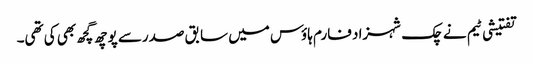
تفتیشی ٹیم نے چک شہزاد فارم ہاؤس میں سابق صدرسے پوچھ گچھ بھی کی تھی۔